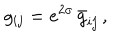
LaTeX: g _ { i j } = e ^ { 2 \sigma } \, \bar { g } _ { i j } \, ,